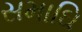
સમાઘિ